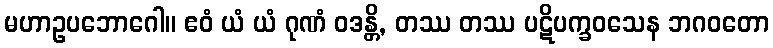
မဟာဥပဘောဂေါ။ ဧဝံ ယံ ယံ ဂုဏံ ဝဒန္တိ, တဿ တဿ ပဋိပက္ခဝသေန ဘဂဝတော